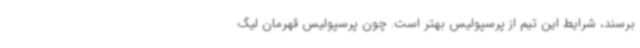
برسند، شرایط این تیم از پرسپولیس بهتر است. چون پرسپولیس قهرمان لیگ